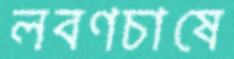
লবণচাষে